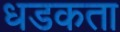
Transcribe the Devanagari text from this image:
धडकता